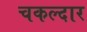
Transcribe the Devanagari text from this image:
चकल्दार